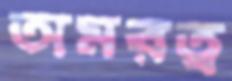
অমরত্ব